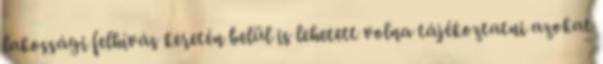
lakossági felhívás keretén belül is lehetett volna tájékoztatni azokat